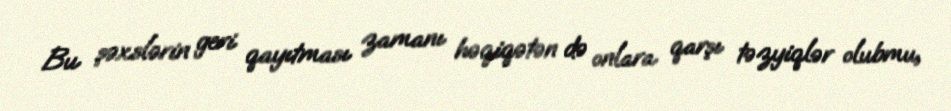
Bu şəxslərin geri qayıtması zamanı həqiqətən də onlara qarşı təzyiqlər olubmu,